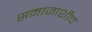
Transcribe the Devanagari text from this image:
समाजाशीच